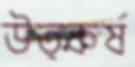
উত্কর্ষ